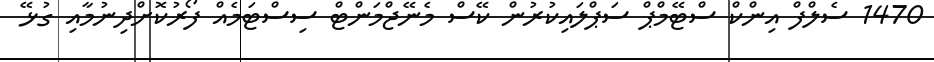
1470 ސެލްފް އިންކް ސްޓޭމްޕް ސަޕްލައިކުރުން ކޭސް މެނޭޖްމަންޓް ސިސްޓަމެއް ފޯރުކޮށްދިނުމާއި ގުޅޭ